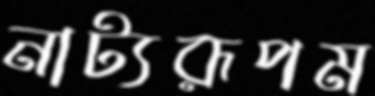
নাট্যরূপম